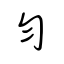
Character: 勻